Plague in India, 1896, 1897 - Volume 3
Year: 1896
Disease focus: Plague
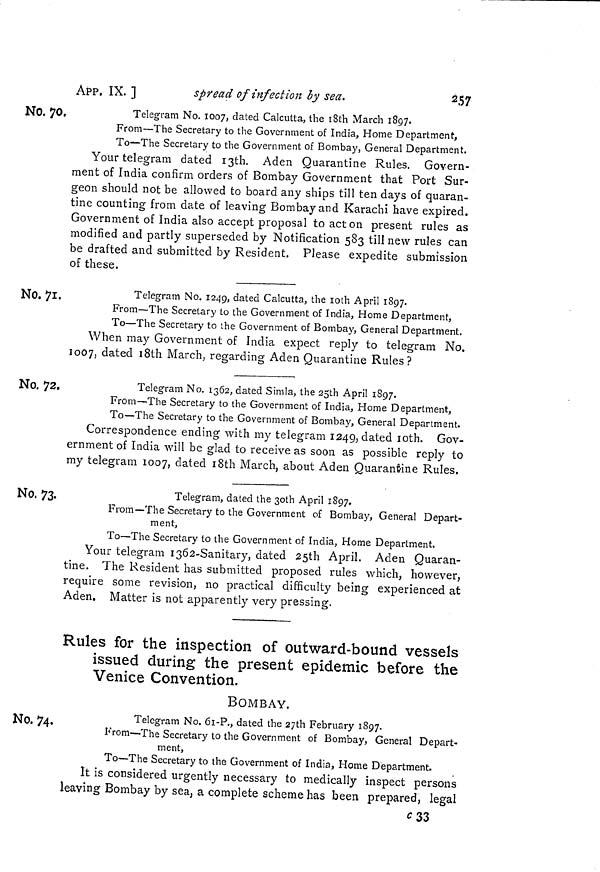
APP. IX. ]
spread of infection by sea.
257
No. 70.
Telegram No. 1007, dated Calcutta, the 18th March 1897.
From—The Secretary to the Government of India, Home Department,
To—The Secretary to the Government of Bombay, General Department.
Your telegram dated I3th. Aden Quarantine Rules. Govern-
ment of India confirm orders of Bombay Government that Port Sur-
geon should not be allowed to board any ships till ten days of quaran-
tine counting from date of leaving Bombay and Karachi have expired.
Government of India also accept proposal to act on present rules as
modified and partly superseded by Notification 583 till new rules can
be drafted and submitted by Resident. Please expedite submission
of these.
No. 71.
Telegram No. 1249, dated Calcutta, the 10th April 1897.
From—The Secretary to the Government of India, Home Department,
To—The Secretary to the Government of Bombay, General Department.
When may Government of India expect reply to telegram No.
1007, dated i8th March, regarding Aden Quarantine Rules?
No. 72.
Telegram No. 1362, dated Simla, the 25th April 1897.
From—-The Secretary to the Government of India, Home Department,
To—The Secretary to the Government of Bombay, General Department.
Correspondence ending with my telegram 1249, dated 10th. Gov-
ernment of India will be glad to receive as soon as possible reply to
my telegram 1007, dated 18th March, about Aden Quarantine Rules.
No. 73.
Telegram, dated the 3oth April 1897.
From—The Secretary to the Government of Bombay, General Depart-
ment,
To—The Secretary to the Government of India, Home Department.
Your telegram 1362-Sanitary, dated 25th April. Aden Quaran-
tine. The Resident has submitted proposed rules which, however,
require some revision, no practical difficulty being experienced at
Aden. Matter is not apparently very pressing.
Rules for the inspection of outward-bound vessels
issued during the present epidemic before the
Venice Convention.
BOMBAY.
No. 74.
Telegram No. 61-P., dated the 27th February 1897.
From—The Secretary to the Government of Bombay, General Depart-
ment,
To—The Secretary to the Government of India, Home Department.
It is considered urgently necessary to medically inspect persons
leaving Bombay by sea, a complete scheme has been prepared, legal
c33